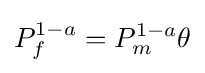
P_{f}^{1-a}=P_{m}^{1-a}\theta